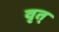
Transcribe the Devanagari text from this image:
वृत्